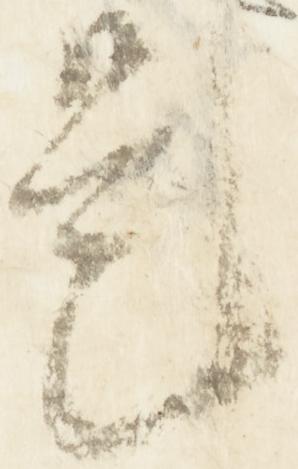
是